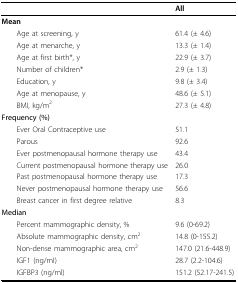
<table><thead><tr><td></td><td><b>All</b></td></tr></thead><tbody><tr><td><b>Mean</b></td><td></td></tr><tr><td> Age at screening, y</td><td>61.4 (± 4.6)</td></tr><tr><td> Age at menarche, y</td><td>13.3 (± 1.4)</td></tr><tr><td> Age at first birth*, y</td><td>22.9 (± 3.7)</td></tr><tr><td> Number of children*</td><td>2.9 (± 1.3)</td></tr><tr><td> Education, y</td><td>9.8 (± 3.4)</td></tr><tr><td> Age at menopause, y</td><td>48.6 (± 5.1)</td></tr><tr><td> BMI, kg/m<sup>2</sup></td><td>27.3 (± 4.8)</td></tr><tr><td><b>Frequency (%)</b></td><td></td></tr><tr><td> Ever Oral Contraceptive use</td><td>51.1</td></tr><tr><td> Parous</td><td>92.6</td></tr><tr><td> Ever postmenopausal hormone therapy use</td><td>43.4</td></tr><tr><td> Current postmenopausal hormone therapy use</td><td>26.0</td></tr><tr><td> Past postmenopausal hormone therapy use</td><td>17.3</td></tr><tr><td> Never postmenopausal hormone therapy use</td><td>56.6</td></tr><tr><td> Breast cancer in first degree relative</td><td>8.3</td></tr><tr><td><b>Median</b></td><td></td></tr><tr><td> Percent mammographic density, %</td><td>9.6 (0-69.2)</td></tr><tr><td> Absolute mammographic density, cm<sup>2</sup></td><td>14.8 (0-155.2)</td></tr><tr><td> Non-dense mammographic area, cm<sup>2</sup></td><td>147.0 (21.6-448.9)</td></tr><tr><td> IGF1 (ng/ml)</td><td>28.7 (2.2-104.6)</td></tr><tr><td> IGFBP3 (ng/ml)</td><td>151.2 (52.17-241.5)</td></tr></tbody></table>